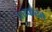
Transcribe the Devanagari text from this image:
परकरते